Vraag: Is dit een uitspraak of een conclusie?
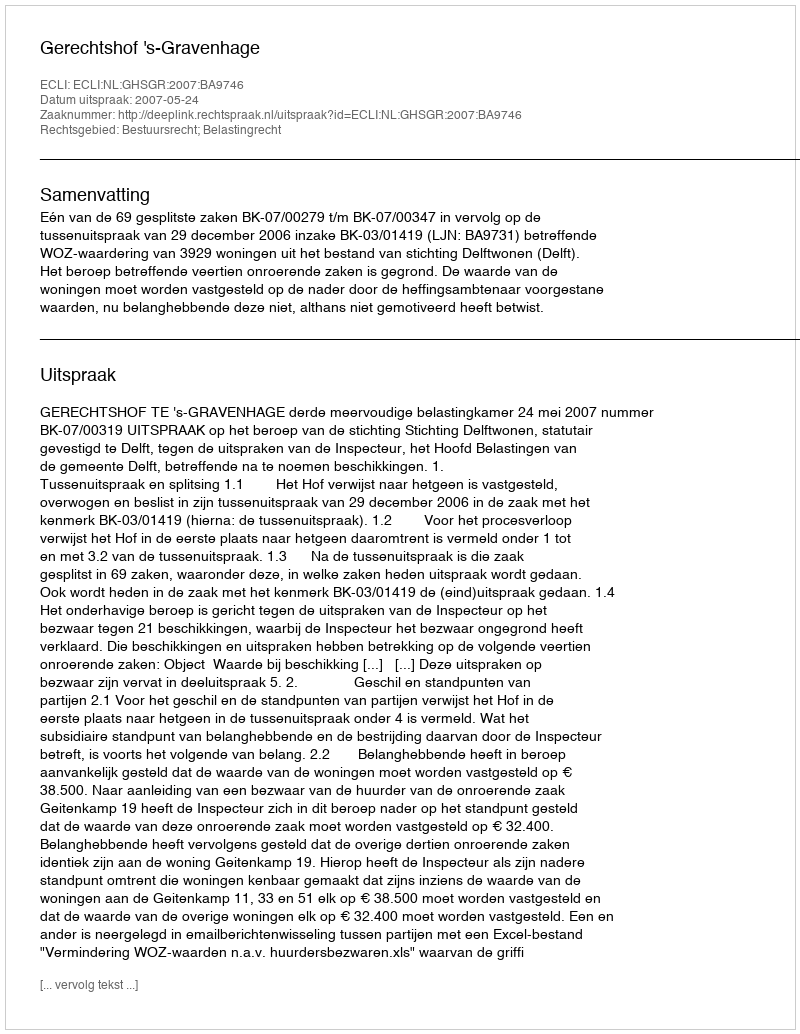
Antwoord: Uitspraak